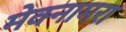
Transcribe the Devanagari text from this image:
मेक्नामरा